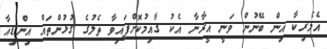
އެމެރިކާ އިން ބޭނުން ވަނީ އީރާނާ އެކު ގާއިމުކޮށްފައިވާ ތެލުގެ ގުޅުންތައް އިންޑިއާ